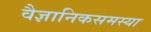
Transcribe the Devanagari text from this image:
वैज्ञानिकसमस्या